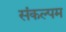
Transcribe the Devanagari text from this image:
संकल्पम